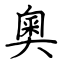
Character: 奧